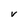
Character: V